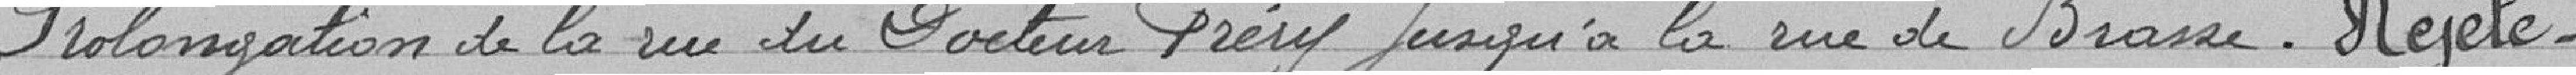
Prolongation de la rue du Docteur Fréry, jusqu'à la rue de Brasse. Rejeté.